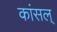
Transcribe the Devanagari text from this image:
कांसल्